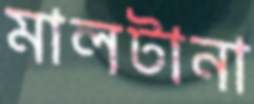
মালটানা